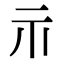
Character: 礻